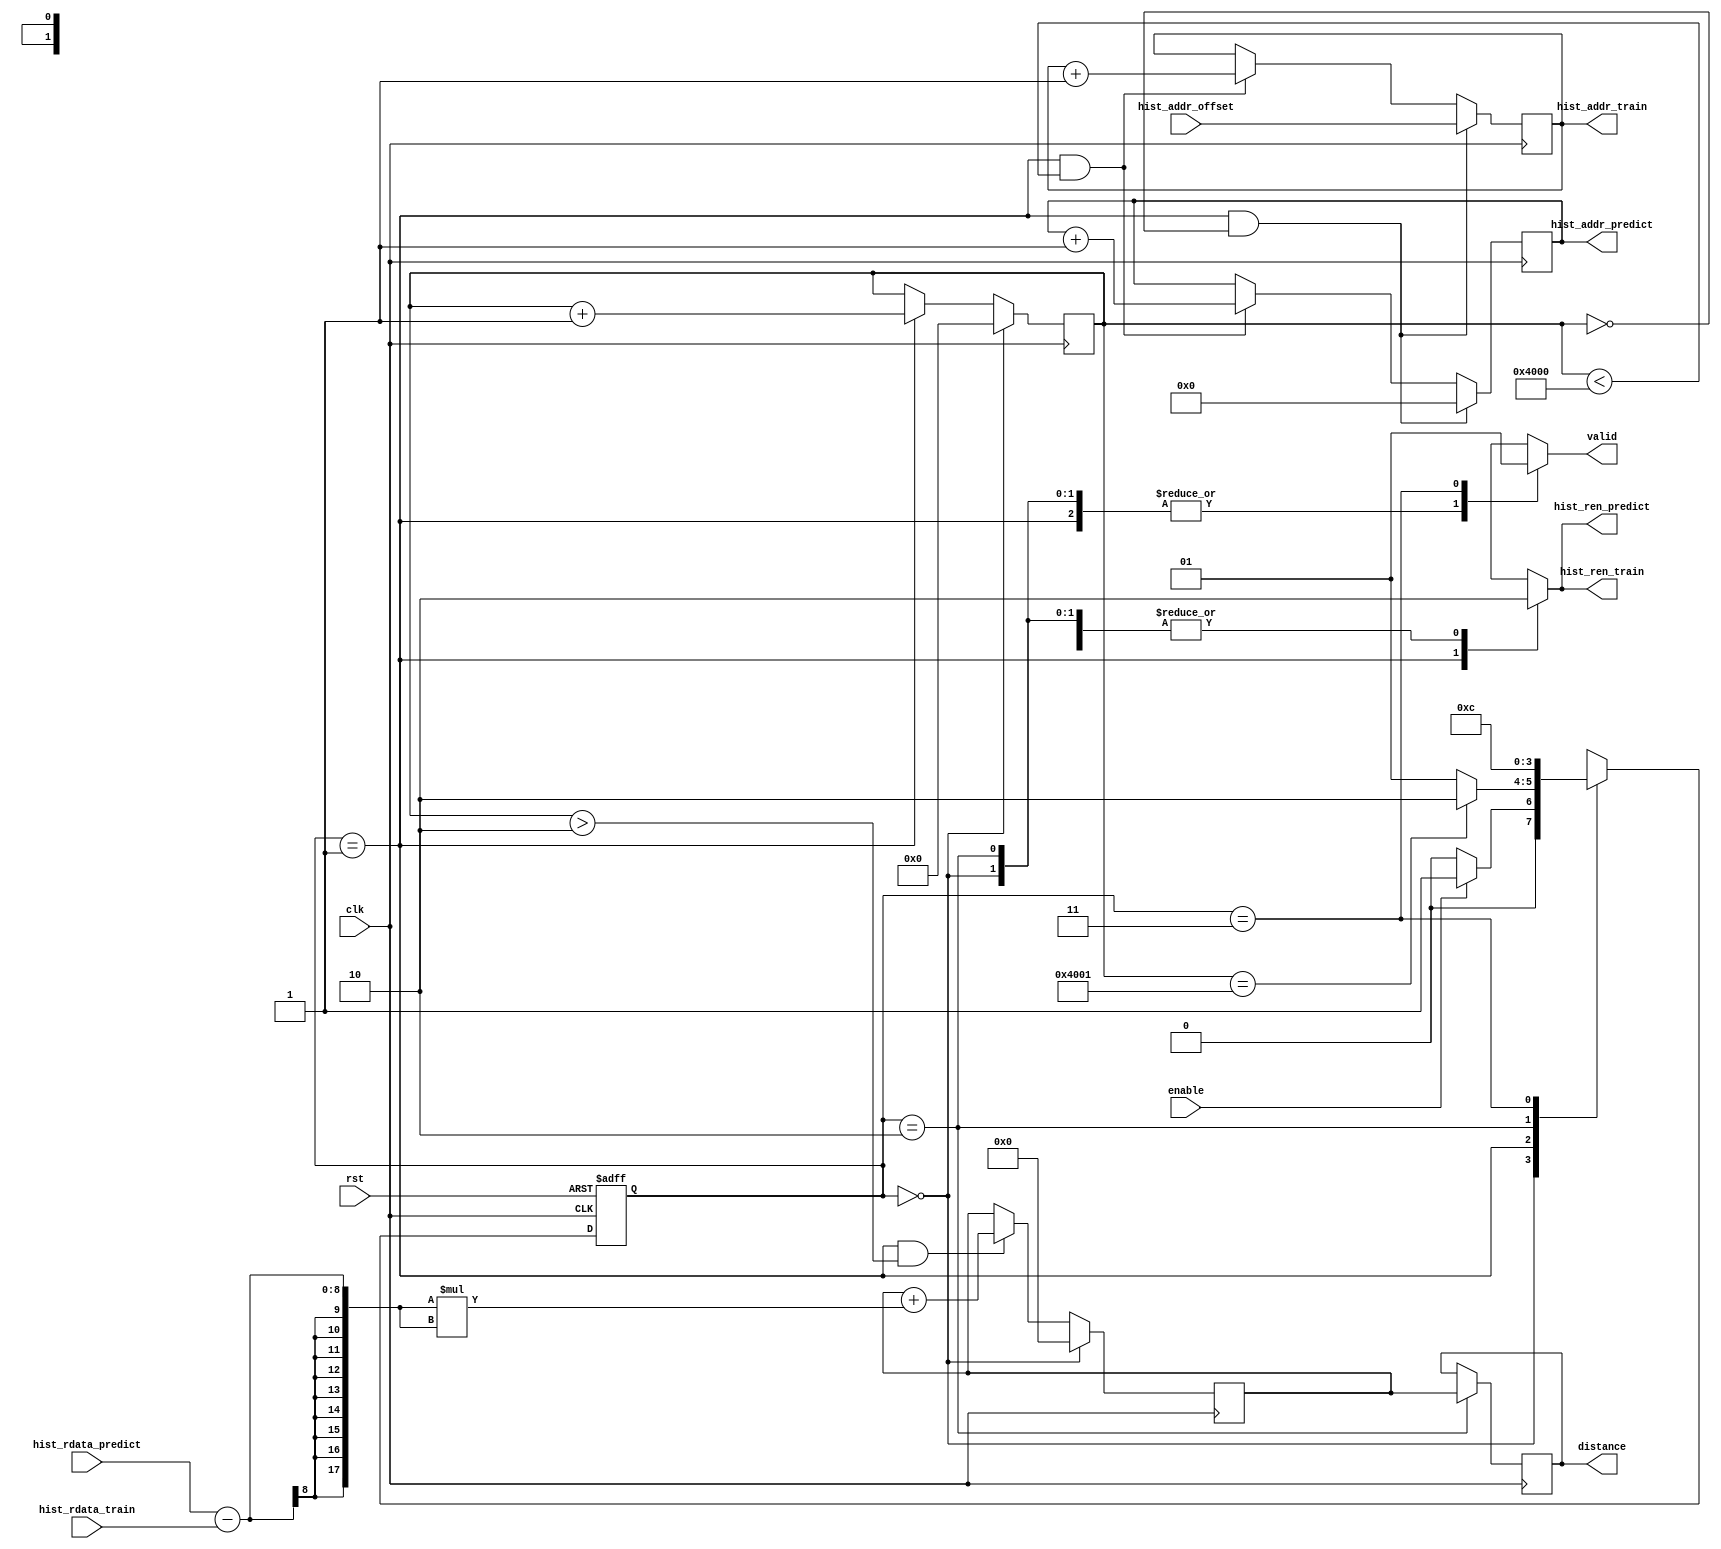
module DCU(
    input               clk,
    input               rst,
    input               enable,
    input   [20:0]      hist_addr_offset,

    output  reg [20:0]  hist_addr_train,
    output  reg         hist_ren_train,
    input   [7:0]       hist_rdata_train,

    output  reg [13:0]  hist_addr_predict,
    output  reg         hist_ren_predict,
    input   [7:0]       hist_rdata_predict,

    output  reg [17:0]  distance,
    output  reg         valid
);
    // put your design here
	parameter idle = 2'd0,compute = 2'd1,store = 2'd2,exit = 2'd3;
	reg [1:0]cs,ns;
	reg [14:0]counter;
	reg [17:0]temp;
	
	always@(posedge clk or posedge rst)begin
		if(rst)
			cs <= idle;
		else
			cs <= ns;
	end
	
	always@(*)begin
		case(cs)
			idle:
				if(enable)
					ns = compute;
				else
					ns = idle;
			compute:
				if(counter == 16385)
					ns = store;
				else
					ns = compute;
			store:
				ns = exit;
			exit:
				ns = idle;
		endcase
	end
	always@(*)begin
		case(cs)
			idle:begin
				valid = 1'd0; 
				hist_ren_train = 1'd0;
				hist_ren_predict = 1'd0;
			end
			compute:begin
				valid = 1'd0; 			
				hist_ren_predict = 1'd1;
				hist_ren_train = 1'd1;
			end
			store:begin
				valid = 1'd0; 			
				hist_ren_train = 1'd0;
				hist_ren_predict = 1'd0;
			end
			exit:begin
				hist_ren_train = 1'd0;
				hist_ren_predict = 1'd0;			
				valid = 1'd1;
			end
		endcase
	end
	
//compute
	always@(posedge clk)begin
		if(cs == compute&&counter == 0)begin
			hist_addr_train <= hist_addr_offset;
			hist_addr_predict <= 14'd0;
		end
		else if(cs == compute&&counter < 16384)begin
			hist_addr_predict <= hist_addr_predict + 14'd1;	
			hist_addr_train <= hist_addr_train + 21'd1;
		end
	end	
	
	always@(posedge clk)begin
		if(cs == idle)
			temp <= 18'd0;
		else if(cs == compute&&counter >2)begin
					temp <= temp + (hist_rdata_predict - hist_rdata_train)*(hist_rdata_predict - hist_rdata_train);
		end	
	end
	
	always@(posedge clk)begin
		if(cs == store)
			distance <= temp;
	end
//counter
	always@(posedge clk)begin
		if(cs == idle)
			counter <= 15'd0;
		else if(cs == compute)
			counter <= counter + 15'd1;
	end
	
endmodule